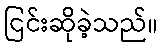
ငြင်းဆိုခဲ့သည်။